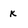
Character: K